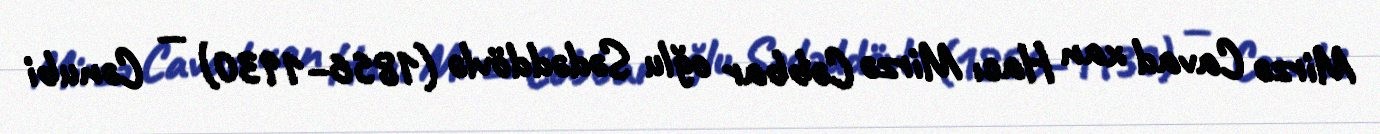
Mirzə Cavad xan Hacı Mirzə Cəbbar oğlu Sədəddövlə (1856–1930) — Cənubi